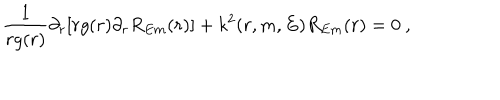
LaTeX: \frac { 1 } { r g ( r ) } \partial _ { r } [ r g ( r ) \partial _ { r } R _ { E m } ( r ) ] + k ^ { 2 } ( r , m , E ) R _ { E m } ( r ) = 0 ~ ,